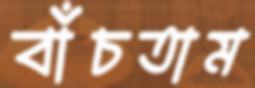
বাঁচতাম